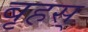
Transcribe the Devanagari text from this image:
बृहस्